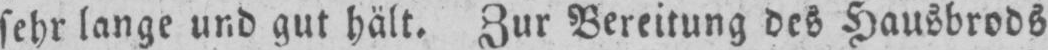
sehr lange und gut hält. Zur Bereitung des Hausbrods